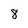
Character: 8